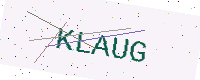
Text: KLAUG